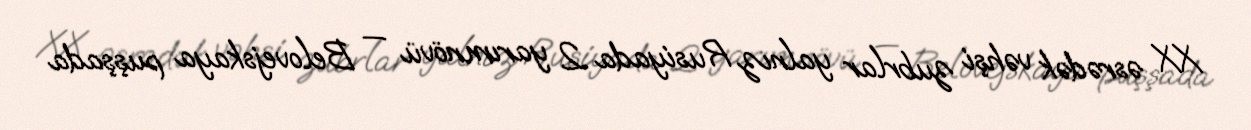
XX əsrədək vəhşi zubrlar yalnız Rusiyada 2 yarımnövü — Belovejskaya puşşada